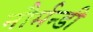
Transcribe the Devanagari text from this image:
नौर्मन्डी